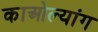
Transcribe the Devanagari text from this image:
काओल्यांग